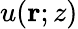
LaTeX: u(\mathbf{r};z)